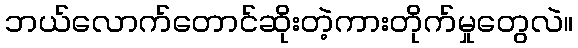
ဘယ်လောက်တောင်ဆိုးတဲ့ကားတိုက်မှုတွေလဲ။